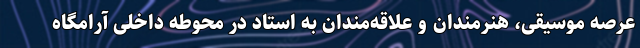
عرصه موسیقی، هنرمندان و علاقه‌مندان به استاد در محوطه داخلی آرامگاه